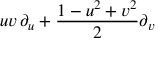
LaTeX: u v \, \partial _ { u } + { \frac { 1 - u ^ { 2 } + v ^ { 2 } } { 2 } } \partial _ { v }